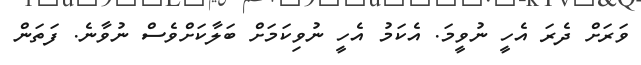
ވަރަށް ދެރަ އެހީ ނުވީމަ. އެކަމު އެހީ ނުވިކަމަށް ބަލާކަށްވެސް ނުވާނެ. ފަތަން